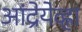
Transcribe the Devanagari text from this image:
आंद्रेयेव्ह्ना